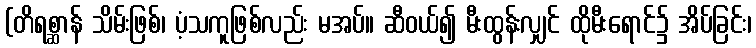
(တိရစ္ဆာန် သိမ်းဖြစ်၊ ပံ့သကူဖြစ်လည်း မအပ်။ ဆီဝယ်၍ မီးထွန်းလျှင် ထိုမီးရောင်၌ အိပ်ခြင်း၊